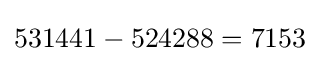
{\textstyle 531441-524288=7153}